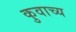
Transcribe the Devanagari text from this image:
कुवाच्य